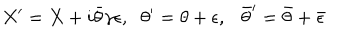
LaTeX: { X ^ { \prime } = X + i \bar { \theta } \gamma \epsilon , } { } { \theta ^ { \prime } = \theta + \epsilon , { \bar { \theta } } ^ { \prime } = \bar { \theta } + \bar { \epsilon } }